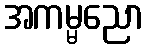
အကမ္မညော